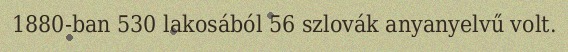
1880-ban 530 lakosából 56 szlovák anyanyelvű volt.